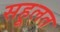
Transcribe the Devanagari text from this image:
सहूलत